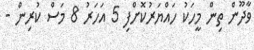
ވާދޫން ތިން މީހަކު ހައްޔަރުކޮށްފި 5 އަހަރު 8 މަސް ކުރިން -